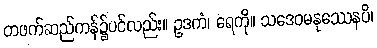
တဖက်ဆည်ကန်၌ပင်လည်း။ ဥဒကံ၊ ရေကို။ သဒေဝမနုဿေနပိ၊